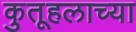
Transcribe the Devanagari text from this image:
कुतूहलाच्या